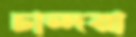
চান্দরা